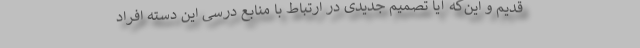
قدیم و این‌که آیا تصمیم جدیدی در ارتباط با منابع درسی این دسته افراد